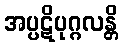
အပ္ပဋိပုဂ္ဂလန္တိ